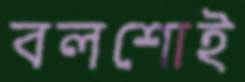
বলশোই